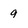
Character: 9